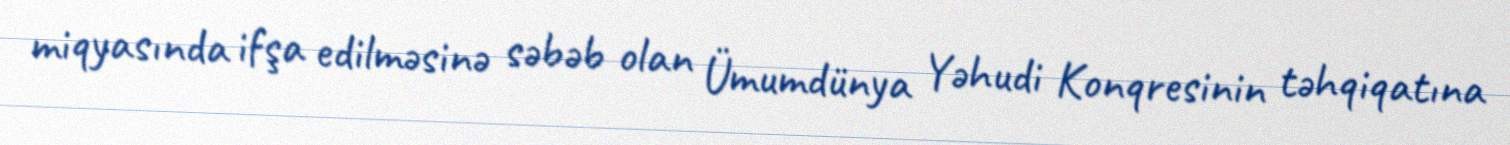
miqyasında ifşa edilməsinə səbəb olan Ümumdünya Yəhudi Konqresinin təhqiqatına